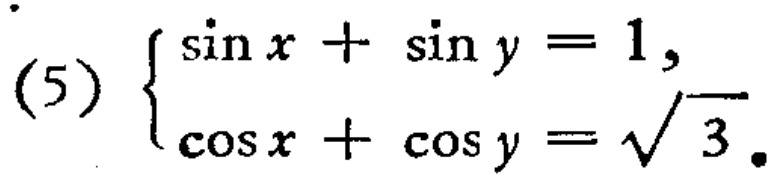
(5) $\begin{cases}
\sin x+\sin y = 1,\\
\cos x+\cos y=\sqrt{3}.
\end{cases}$